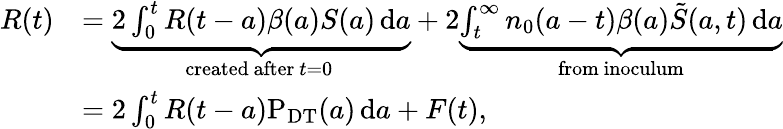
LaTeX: \begin{array}{rl}{R(t)}&{=\underbrace{2\int_{0}^{t}{R(t-a)\beta(a)S(a)\, \mathrm{d}a}}_{\mathrm{created~after~}t=0\mathrm{~}}+2\underbrace{\int_{t}^{\infty}{{{n}_{0}}(a-t)\beta(a)\tilde{S}({a,t})\, \mathrm{d}a}}_{\mathrm{from~inoculum}}}\\ &{=2\int_{0}^{t}{R(t-a)\mathrm{P}_{\mathrm{DT}}(a)\, \mathrm{d}a}+F(t),}\end{array}